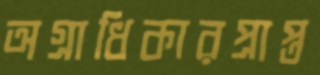
অগ্রাধিকারপ্রাপ্ত